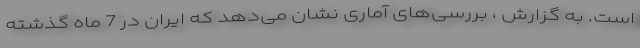
است. به گزارش ، بررسی‌های آماری نشان می‌دهد که ایران در 7 ماه گذشته